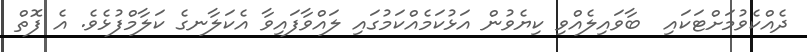
ދެއްކެވުމަށްޓަކައި  ބާވައިލެއްވި ކިޔެވުން އަޅުކަމެއްކަމުގައި ލައްވާފައިވާ އެކަލާނގެ ކަލާމްފުޅެވެ. އެ ފޮތް